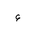
Letter: _hamza